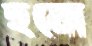
হমো